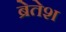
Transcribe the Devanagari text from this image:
ब्रेतेश